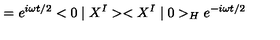
= e ^ { i \omega t / 2 } < 0 \mid X ^ { I } > < X ^ { I } \mid 0 > _ { H } e ^ { - i \omega t / 2 }